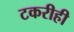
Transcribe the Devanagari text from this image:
टकरीही